Eesti_Rahvusfond, lk 66
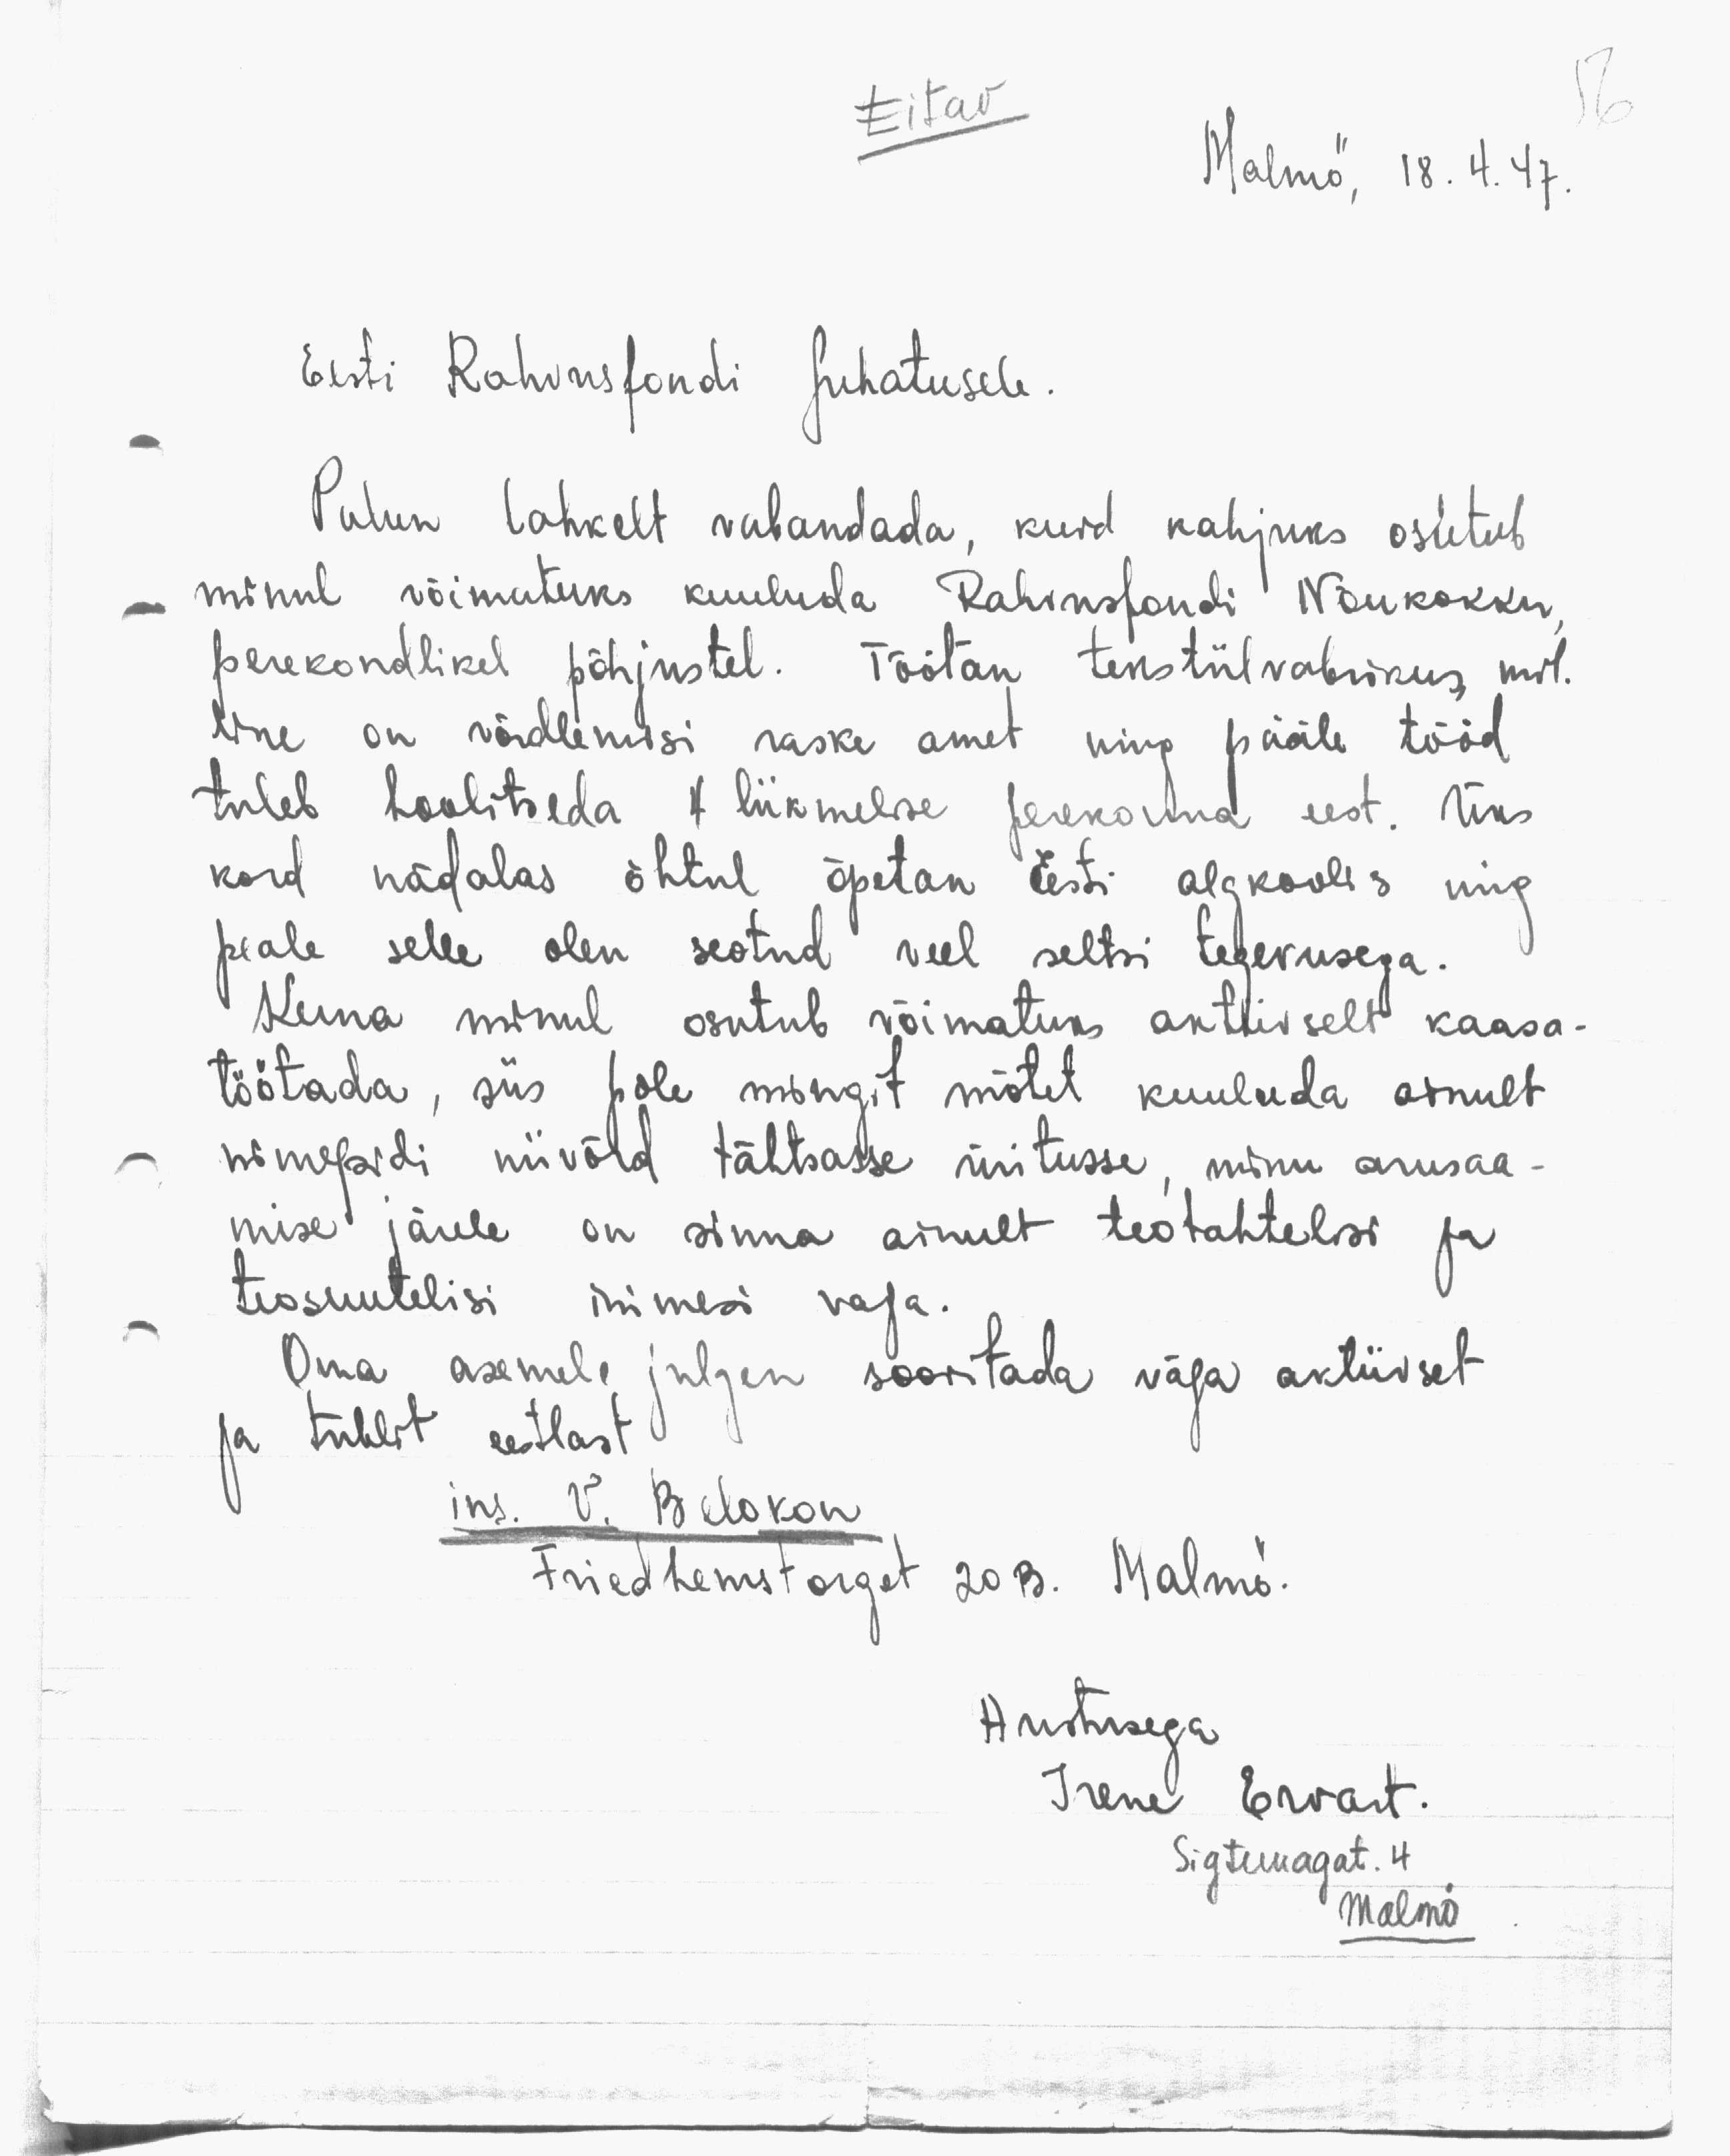
56
Eitav
Malmö, 18. 4. 47.
Eesti Rahvusfondi Juhatusele.
Palun lahkelt vabandada, kuid kahjuks osutub
minul võimatuks kuuluda Rahvusfondi Nõukokku,
perekondlikel põhjustel. Töötan tekstiilvabrikus, mil.
line on võrdlemisi raske amet ning pääle tööd
tuleb hoolitseda 4 liikmelise perekonna eest. Üks
kord nädalas õhtul õpetan Eesti algkoolis ning
peale selle olen seotud veel seltsi tegevusega.
Kuna minul osutub võimatuks aktiivselt kaasa-
töötada, siis pole mingit mõtet kuuluda ainult
nimepidi niivõrd tähtsasse üritusse, minu arusaa-
mise järele on sinna ainult teotahtelisi ja
teosuutelisi inimesi vaja.
Oma asemele julgen soovitada väga aktiivset
ja tublit eestlast
ins. V. Belokon
Friedhemstorget 20 B. Malmö.
Austusega
Irene Ervart.
Sigtunagat. 4
Malmö